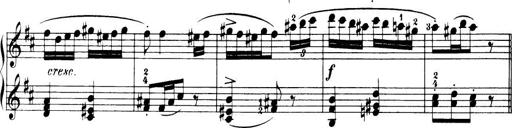
Title: 32 Sonatinas and Rondos for the Piano
Composer: Richard Kleinmichel